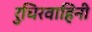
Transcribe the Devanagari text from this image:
रुधिरवाहिनी